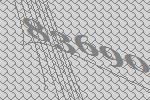
83690